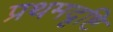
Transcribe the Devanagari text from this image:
प्रथमदृष्टि